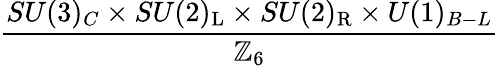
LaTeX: \frac{SU(3)_{C}\times SU(2)_{\mathrm{{L}}}\times SU(2)_{\mathrm{{R}}}\times U(1)_{B-L}}{\mathbb{Z}_{6}}